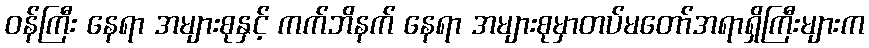
ဝန်ကြီး နေရာ အများစုနှင့် ကက်ဘိနက် နေရာ အများစုမှာတပ်မတော်အရာရှိကြီးများက